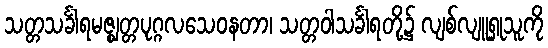
သတ္တသင်္ခါရမဇ္ဈတ္တပုဂ္ဂလသေဝနတာ၊ သတ္တဝါသင်္ခါရတို့၌ လျစ်လျူရှုသူကို